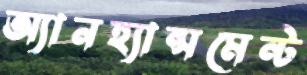
অ্যানহ্যান্সমেন্ট